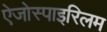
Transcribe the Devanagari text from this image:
ऐजोस्पाइरिलम